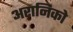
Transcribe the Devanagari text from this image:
अरानिको